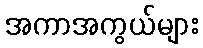
အကာအကွယ်များ